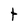
Character: t